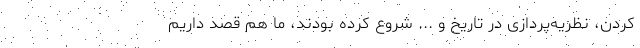
کردن، نظریه‌پردازی در تاریخ و ... شروع کرده بودند، ما هم قصد داریم